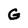
Character: G